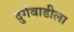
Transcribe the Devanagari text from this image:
दुर्गवाडीला